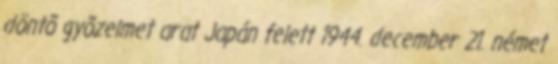
döntõ gyõzelmet arat Japán felett 1944. december 21. német